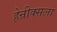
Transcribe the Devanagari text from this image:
हेन्रीक्सला